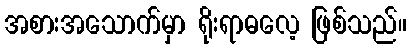
အစားအသောက်မှာ ရိုးရာဓလေ့ ဖြစ်သည်။